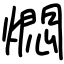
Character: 燜